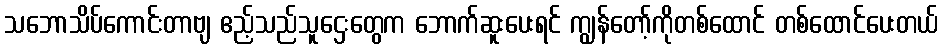
သဘောသိပ်ကောင်းတာဗျ ဧည့်သည်သူဌေးတွေက ဘောက်ဆူးပေးရင် ကျွန်တော့်ကိုတစ်ထောင် တစ်ထောင်ပေးတယ်